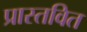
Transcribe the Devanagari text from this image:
प्रास्तवित